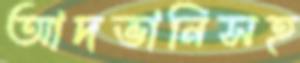
আদভানিসহ